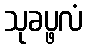
သုခပ္ဖလံ